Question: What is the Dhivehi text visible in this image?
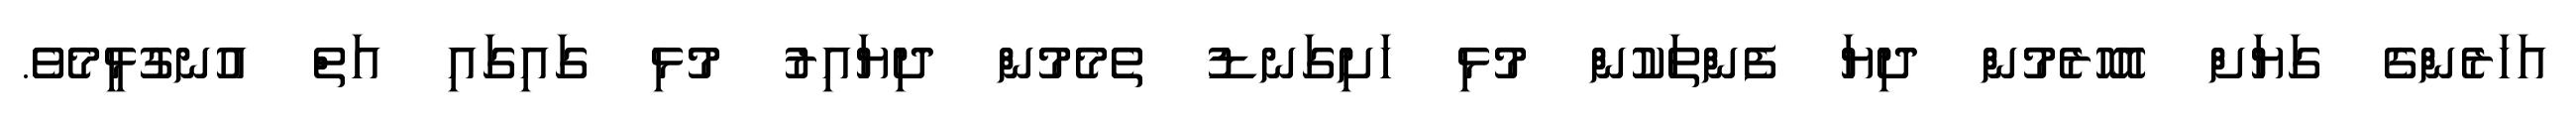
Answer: އަހަރެންގެ ގަޔަށް އޮހޮރެމުން ދިޔަ ފެންތަކުން މުޅި ހަށިގަނޑު ތެމެމުން ދިޔައިރު މުޅި ގައިގައި އަތް އުނގުޅީމެވެ.